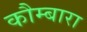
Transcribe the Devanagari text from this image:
कौम्बारा